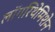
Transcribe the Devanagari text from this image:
लॉगरिथेमिशेन